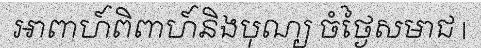
អាពាហ៍ពិពាហ៍និងបុណ្យ ចំថ្ងៃសមាជ |